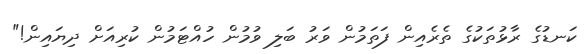
ކަނޑުގެ ރާޅުތަކުގެ ތެރެއިން ފަތަމުން ވަރު ބަލި ވުމުން ހުއްޓަމުން ކުރިއަށް ދިޔައިން!"